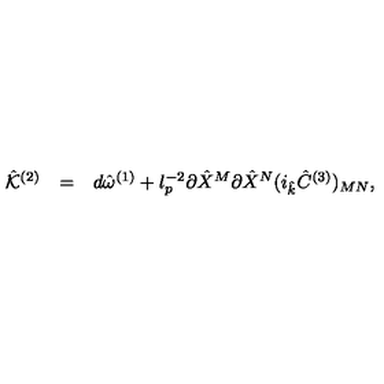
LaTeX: \begin{array} { r c l } { { \hat { \cal K } } ^ { ( 2 ) } } & { = } & { d { \hat { \omega } } ^ { ( 1 ) } + l _ { p } ^ { - 2 } \partial { \hat { X } } ^ { M } \partial { \hat { X } } ^ { N } ( i _ { \hat { k } } { \hat { C } } ^ { ( 3 ) } ) _ { M N } , } \\ \end{array}